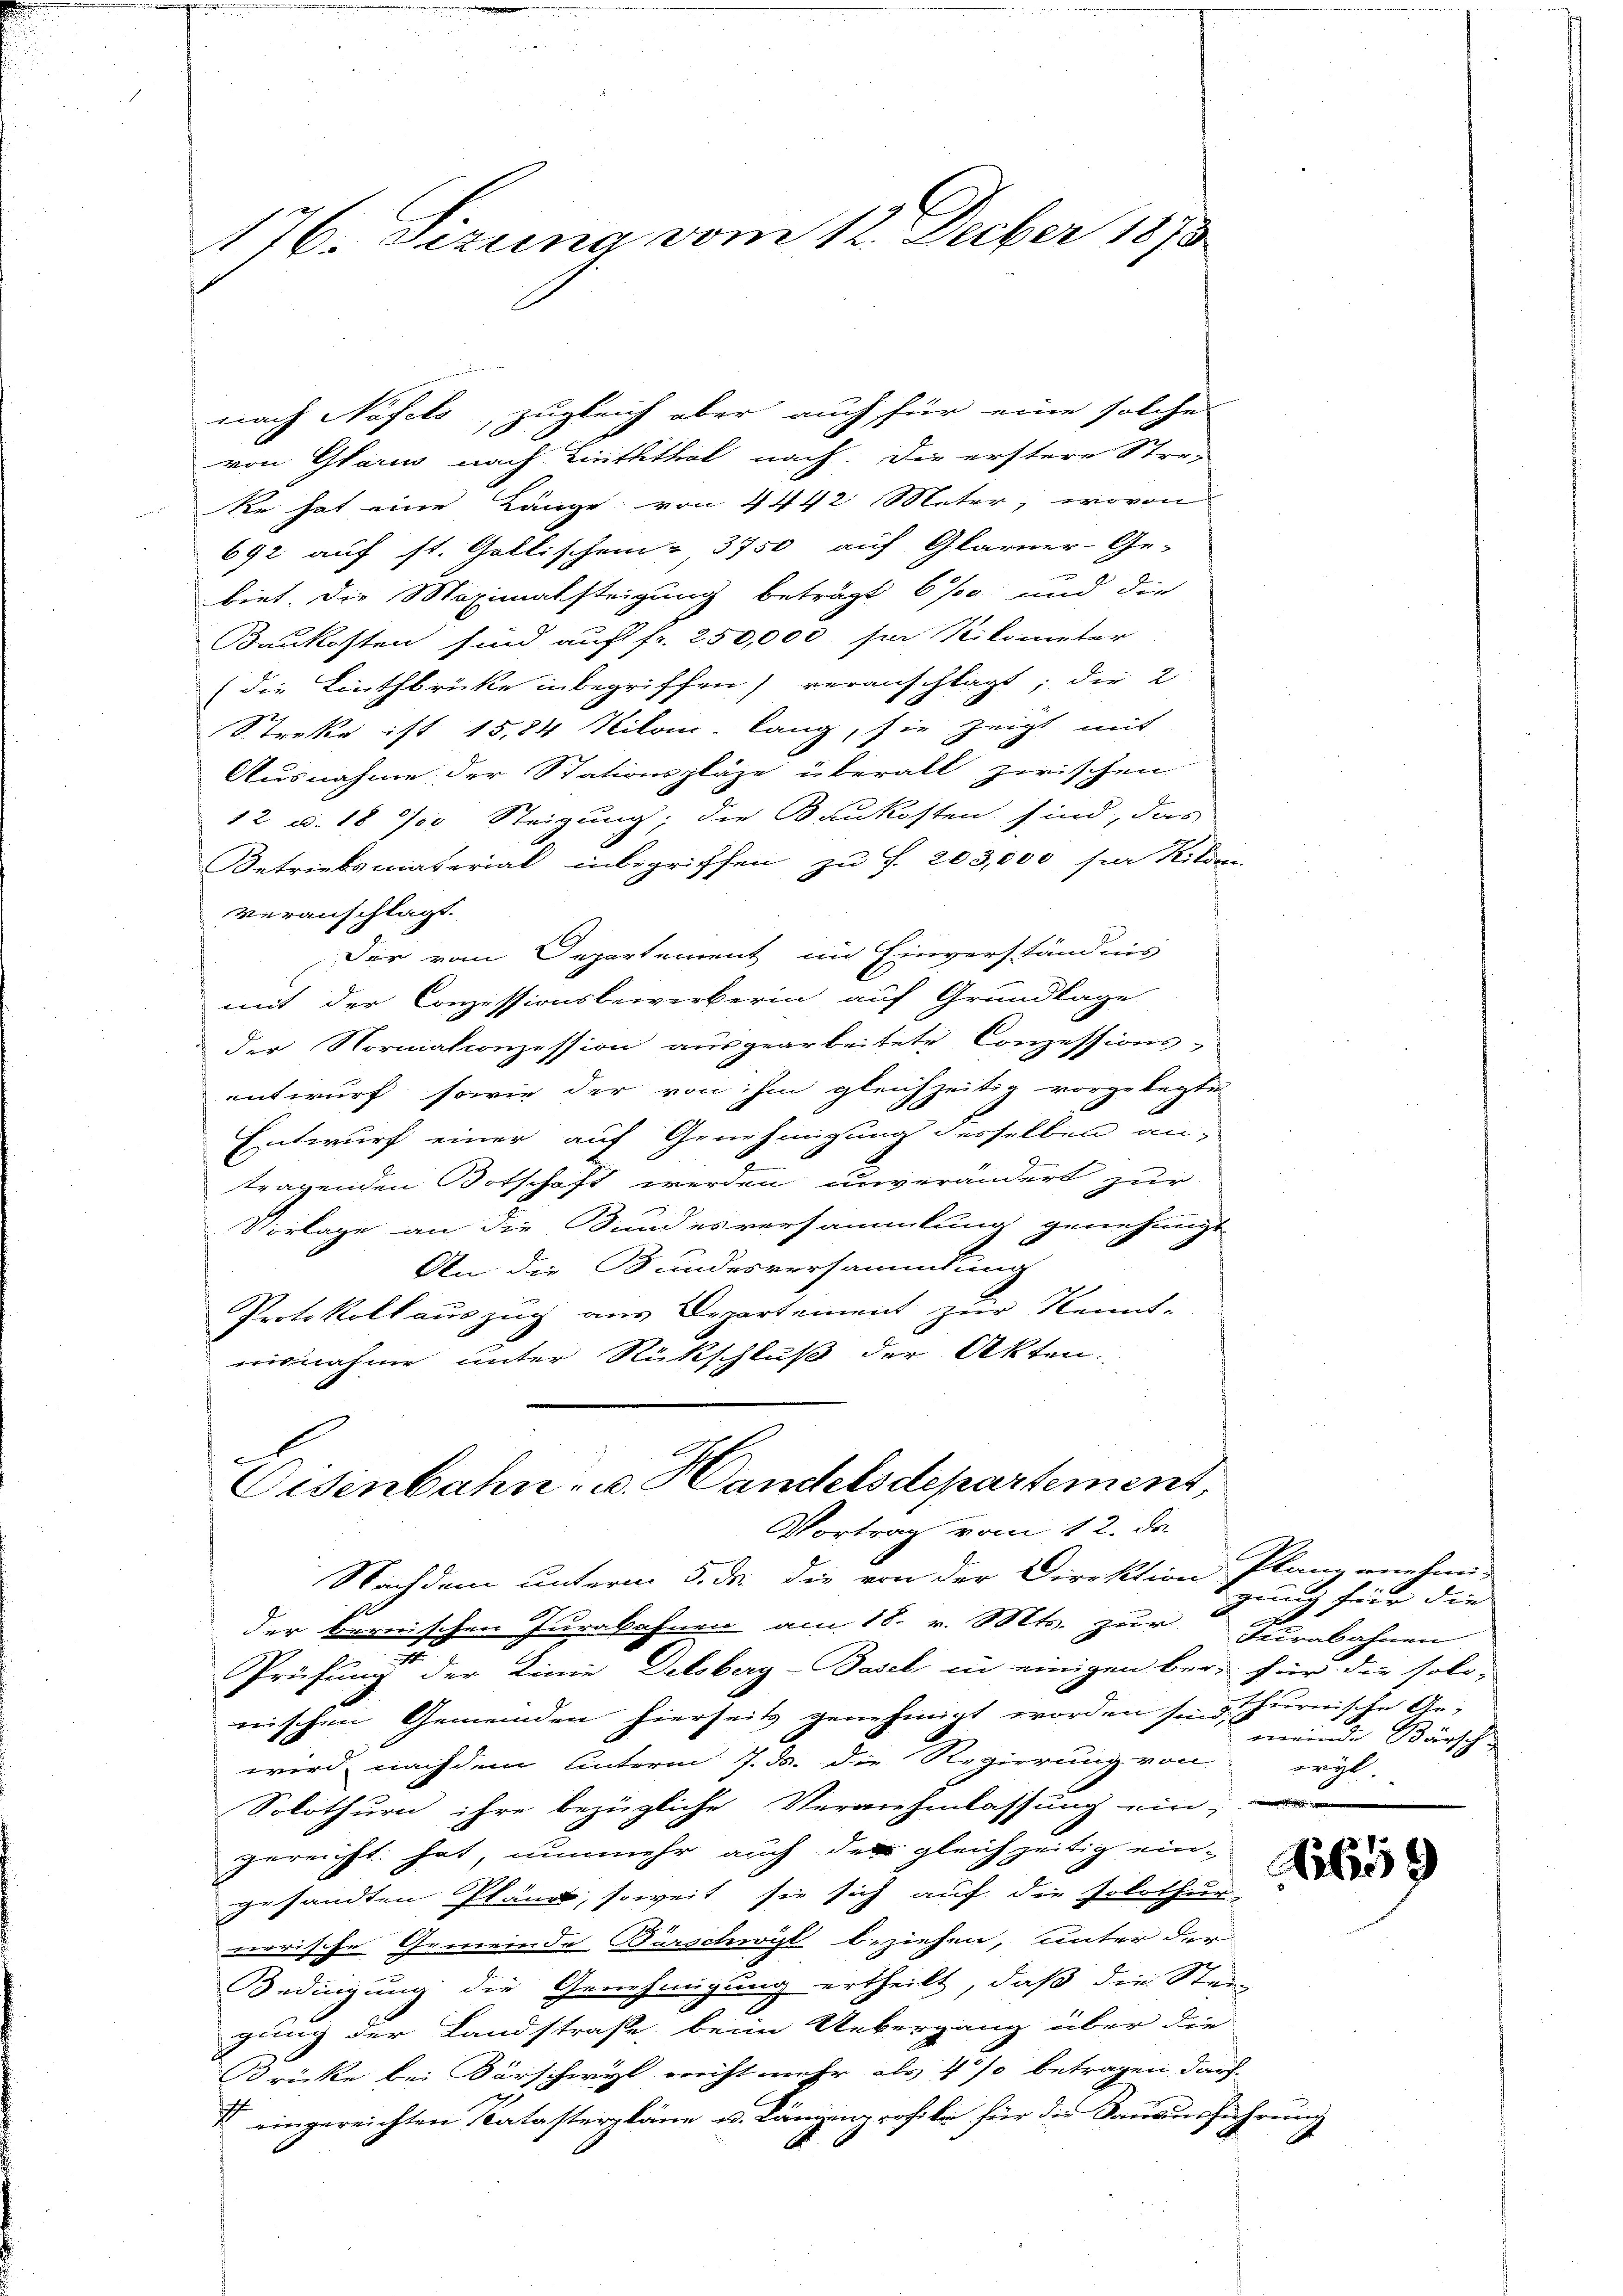
176. Sizung vom 12. Decber 1873

nach Näfels, zugleich aber auch für eine solche
von Glarus nach Linththal nach: Die erstere Stre-
Re hat eine Länge von 4442 Meter, wovon
692 auf st. Gallischen - 3750 auf Glarner-Ge-
biet. Die Maximatsteigung beträgt 6% und die
Baukosten sind auf fr. 250,000. sie Niko unter
(die Linthbrücke inbegriffen) veranschlägt; die 2
Strecke ist 15,84 Kilon lang, sie zeigt mit
Ausnahme der Stationspläge überall zwischen
12 u. 18 000 Steigung; die Baukosten sind, das
Betriebsmaterial inbegriffen zu f. 203,000 für Kilom
veranschlägt.
Der vom Departement im Einverständnis
mit der Conzessionsbewerkerin auf Grundlage
der Normationzession ausgearbeitete Conzessions-
entwurf, sowie der von ihm gleichzeitig vorgelegte
Entwurf einer auf Genehmigung desselben an-
tragenden Botschaft werden unverändert zur
Vorlage an die Bundesversammlung genehmigt
An die Bundesversammlung
Protokoll auszug aus Departement zur Kennt-
nisnahme unter Rückschluß der Akten.

Eisenbahn- u. Handelsdepartement,
Vortrag vom 12. de

Nachdem unterm 5. ds. die von der Direktion Planzenten-
der bernischen Jurabahnen am 18. v. Mts. zur Iurabahnen
Prüfung der Linie Delsberg-Basel, in einigen ber für die soli-
rrischen Gemeinden hierseits genehmigt worden sind, hurwische Ar-
wird nachdem unterm 7. ds. die Regierung von
Solothurn ihre bezügliche Vernehmlassung ein,
gereicht hat, nunmehr auch der gleichzeitig ein-
gesandten Pläne, soweit sie sich auf die Polothur
nerische Gemeinde Burschwil beziehen, unter der
Bedingung die Genehmigung ertheilt, daß die Stei-
gung der Landstrafe beim Uebergang über die
rücke bei Kürschwyl nicht mehr als 4 % betragen darf
II eingereichten Katasterpläne u. Längenprofile für die Sanausführung

gung für die

meinde Bärsch
cryl.

59